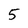
Character: 5